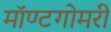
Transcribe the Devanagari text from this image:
मॉण्टगोमरी